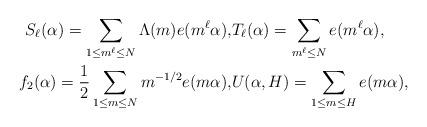
LaTeX: \begin{align*}S_{\ell}(\alpha) = \sum_{1\leq m^{\ell} \leq N}\Lambda(m) e(m^{\ell} \alpha), & T_{\ell} (\alpha) = \sum_{m^{\ell} \le N} e(m^{\ell} \alpha) , \\f_{2}(\alpha) =\frac{1}{2}\sum_{1 \leq m\leq N} m^{-1/2}e(m\alpha), & U(\alpha,H) = \sum_{1\leq m\leq H}e(m\alpha),\end{align*}